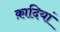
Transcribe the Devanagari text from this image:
क़ादियां